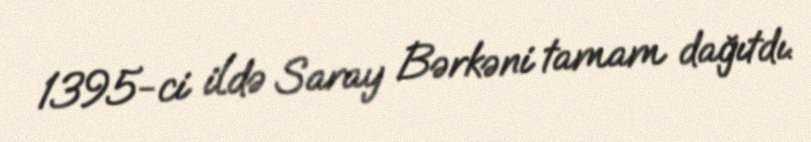
1395-ci ildə Saray Bərkəni tamam dağıtdı.